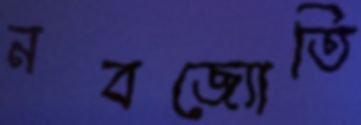
নবজ্যোতি